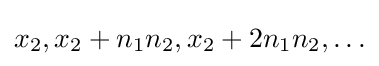
x_{2},x_{2}+n_{1}n_{2},x_{2}+2n_{1}n_{2},\ldots